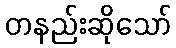
တနည်းဆိုသော်